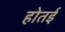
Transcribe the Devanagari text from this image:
होतई